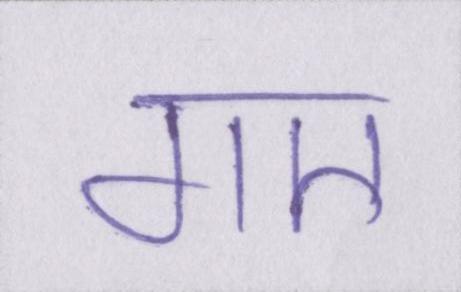
गए